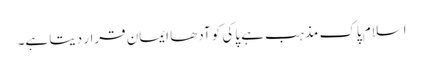
اسلام پاک مذہب ہے پاکی کو آدھا ایمان قرار دیتا ہے۔